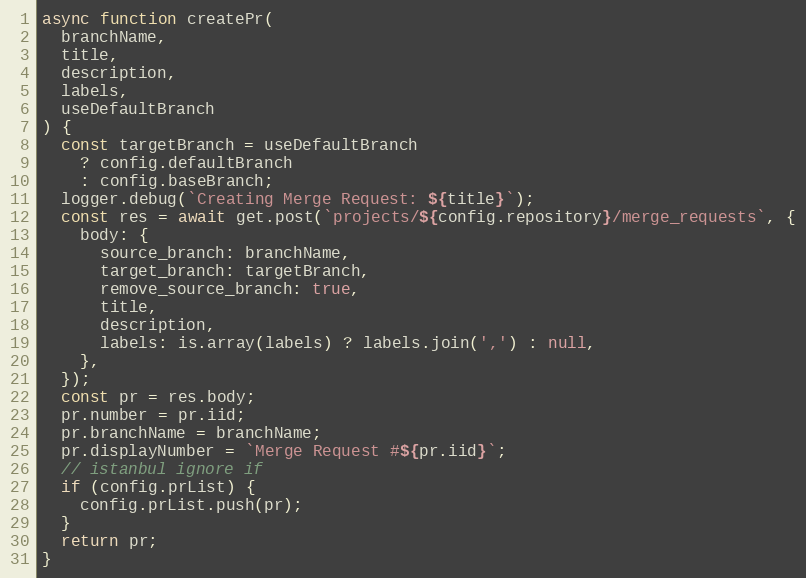
Language: JavaScript
async function createPr(
  branchName,
  title,
  description,
  labels,
  useDefaultBranch
) {
  const targetBranch = useDefaultBranch
    ? config.defaultBranch
    : config.baseBranch;
  logger.debug(`Creating Merge Request: ${title}`);
  const res = await get.post(`projects/${config.repository}/merge_requests`, {
    body: {
      source_branch: branchName,
      target_branch: targetBranch,
      remove_source_branch: true,
      title,
      description,
      labels: is.array(labels) ? labels.join(',') : null,
    },
  });
  const pr = res.body;
  pr.number = pr.iid;
  pr.branchName = branchName;
  pr.displayNumber = `Merge Request #${pr.iid}`;
  // istanbul ignore if
  if (config.prList) {
    config.prList.push(pr);
  }
  return pr;
}